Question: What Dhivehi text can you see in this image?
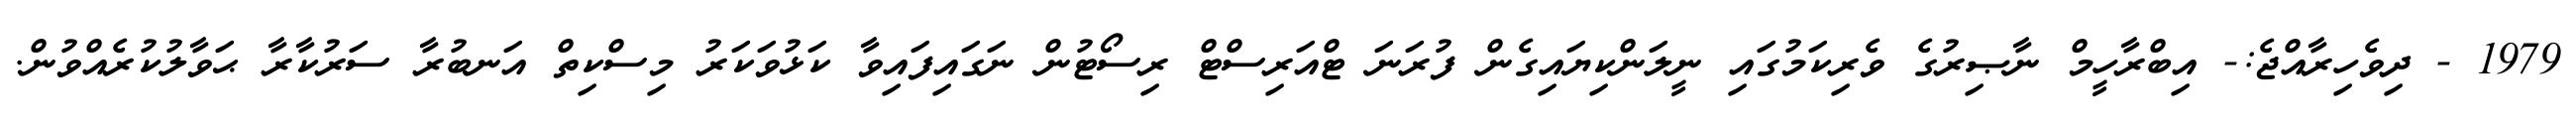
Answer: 1979 - ދިވެހިރާއްޖެ:- އިބްރާހީމް ނާޞިރުގެ ވެރިކަމުގައި ނީލަންކިޔައިގެން ފުރަނަ ޓްއަރިސްޓް ރިސޯޓުން ނަގައިފައިވާ ކަޅުވަކަރު މިސްކިތް އަނބުރާ ސަރުކާރާ ޙަވާލުކުރެއްވުން.